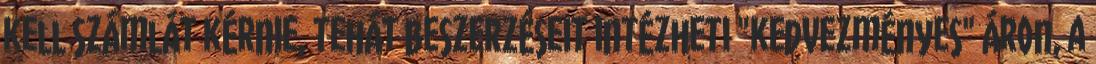
kell számlát kérnie, tehát beszerzéseit intézheti "kedvezményes" áron, a